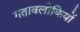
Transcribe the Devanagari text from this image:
गतावलोकियों